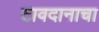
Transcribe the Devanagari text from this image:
टावदानाचा